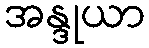
အန္ဒုယာ